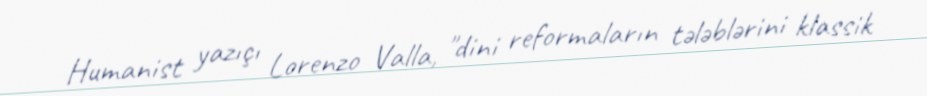
Humanist yazıçı Lorenzo Valla, "dini reformaların tələblərini klassik